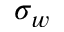
\sigma _ { w }